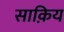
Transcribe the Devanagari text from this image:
साक़िय